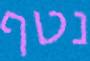
נטף